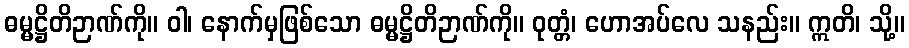
ဓမ္မဋ္ဌိတိဉာဏ်ကို။ ဝါ၊ နောက်မှဖြစ်သော ဓမ္မဋ္ဌိတိဉာဏ်ကို။ ဝုတ္တံ၊ ဟောအပ်လေ သနည်း။ ဣတိ၊ သို့။